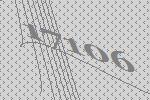
17106